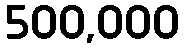
500,000